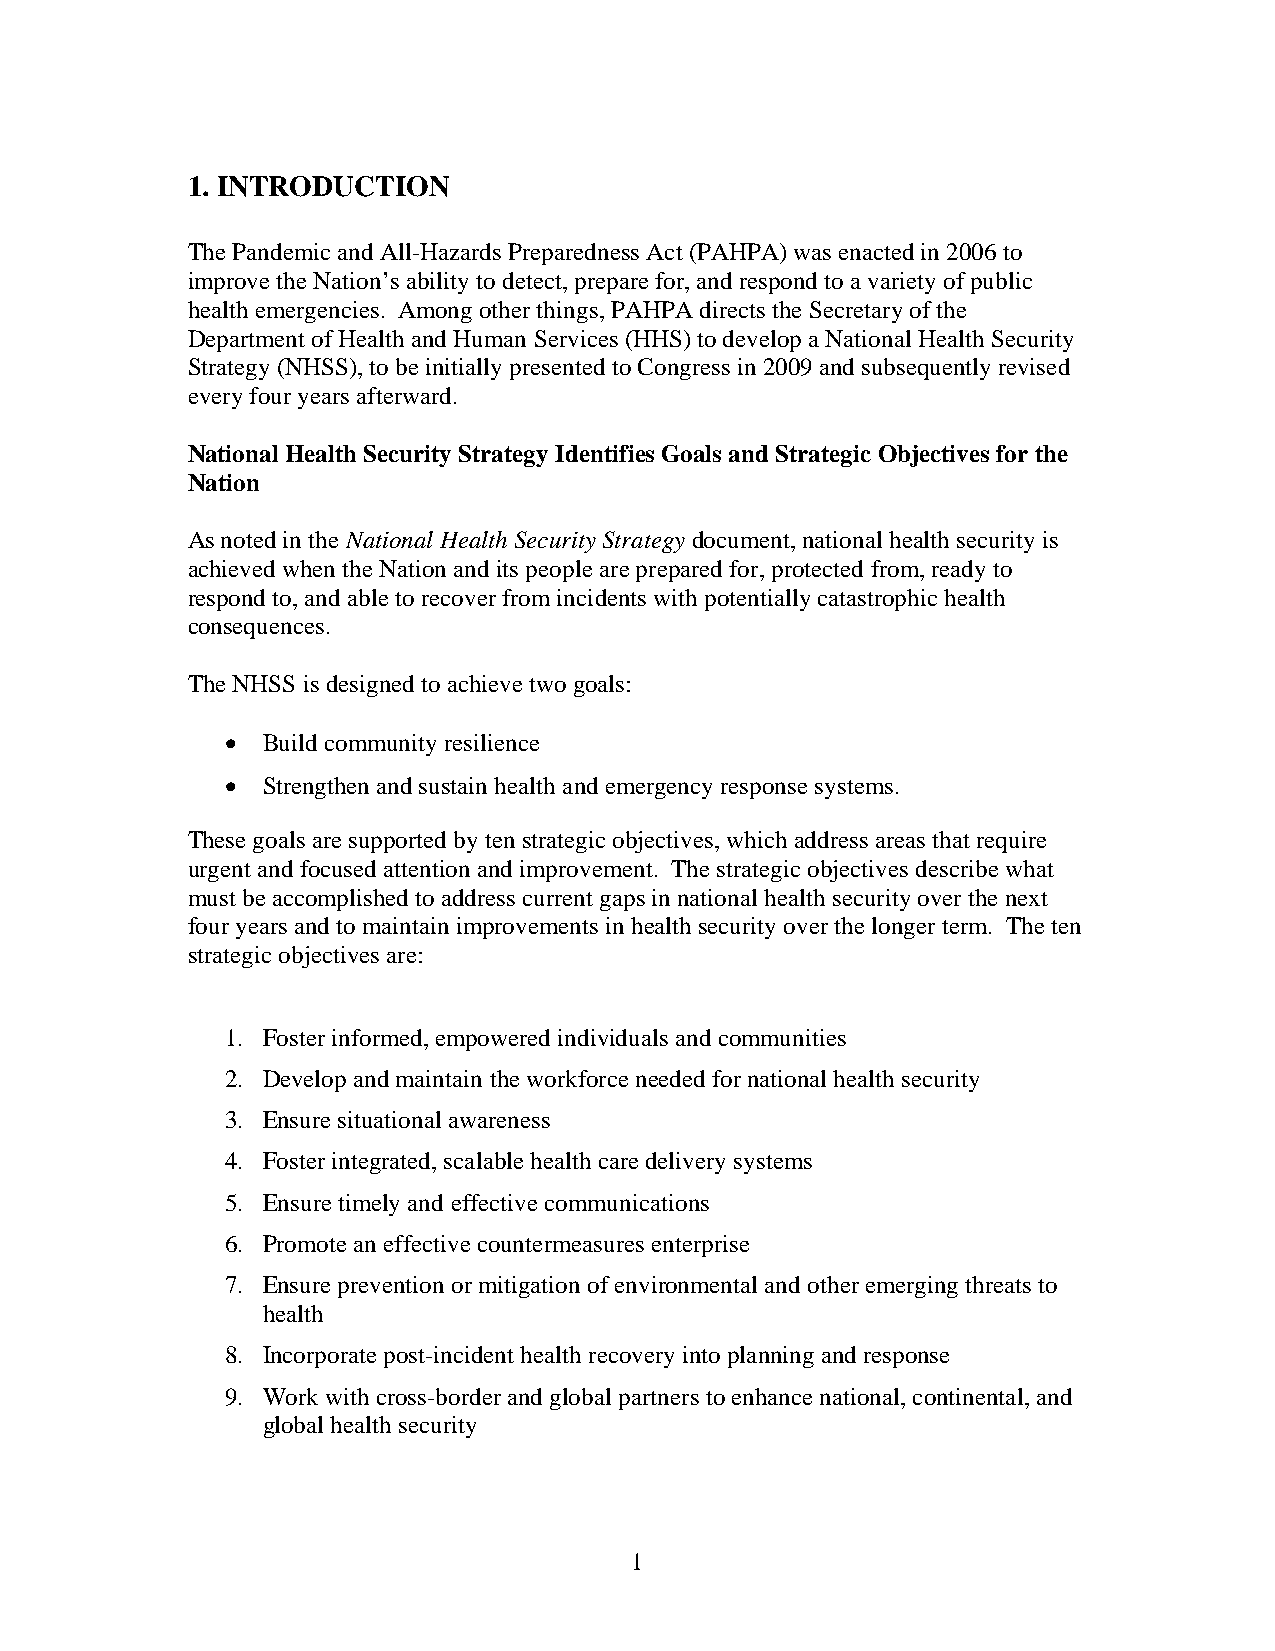
1. INTRODUCTION
 The Pandemic and All-Hazards Preparedness Act (PAHPA) was enacted in 2006 to
 improve the Nation’s ability to detect, prepare for, and respond to a variety of public
 health emergencies. Among other things, PAHPA directs the Secretary of the
 Department of Health and Human Services (HHS) to develop a National Health Security
 Strategy (NHSS), to be initially presented to Congress in 2009 and subsequently revised
 every four years afterward.
 National Health Security Strategy Identifies Goals and Strategic Objectives for the
 Nation
 As noted in the National Health Security Strategy document, national health security is
 achieved when the Nation and its people are prepared for, protected from, ready to
 respond to, and able to recover from incidents with potentially catastrophic health
 consequences.
 The NHSS is designed to achieve two goals:
  Build community resilience
  Strengthen and sustain health and emergency response systems.
 These goals are supported by ten strategic objectives, which address areas that require
 urgent and focused attention and improvement. The strategic objectives describe what
 must be accomplished to address current gaps in national health security over the next
 four years and to maintain improvements in health security over the longer term. The ten
 strategic objectives are:
 1. Foster informed, empowered individuals and communities
 2. Develop and maintain the workforce needed for national health security
 3. Ensure situational awareness
 4. Foster integrated, scalable health care delivery systems
 5. Ensure timely and effective communications
 6. Promote an effective countermeasures enterprise
 7. Ensure prevention or mitigation of environmental and other emerging threats to
 health
 8. Incorporate post-incident health recovery into planning and response
 9. Work with cross-border and global partners to enhance national, continental, and
 global health security
 1